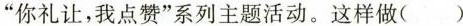
“你礼让，我点赞”系列主题活动。这样做( )